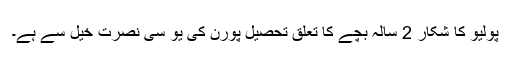
پولیو کا شکار 2 سالہ بچے کا تعلق تحصیل پورن کی یو سی نصرت خیل سے ہے۔